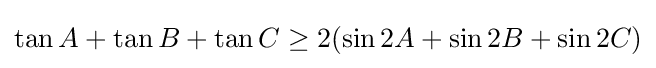
\tan A+\tan B+\tan C\geq 2(\sin 2A+\sin 2B+\sin 2C)